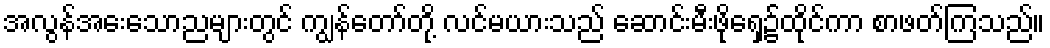
အလွန်အေးသောညများတွင် ကျွန်တော်တို့ လင်မယားသည် ဆောင်းမီးဖိုရှေ့၌ထိုင်ကာ စာဖတ်ကြသည်။